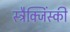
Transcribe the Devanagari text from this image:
स्ट्रैक्जिंस्की